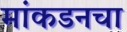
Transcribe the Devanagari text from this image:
मांकडनचा